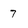
Character: 7